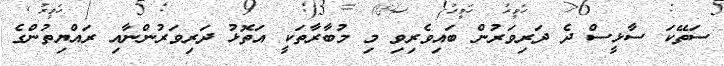
ސަތޭކަ ސާޅީސް ދެ ދަރިވަރުން ބައިވެރިވި މި މުބާރާތަކީ އަތޮޅު ދަރިވަރުންނާއި ރައްޔިތުންގެ